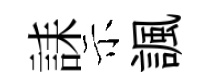
誄示諷